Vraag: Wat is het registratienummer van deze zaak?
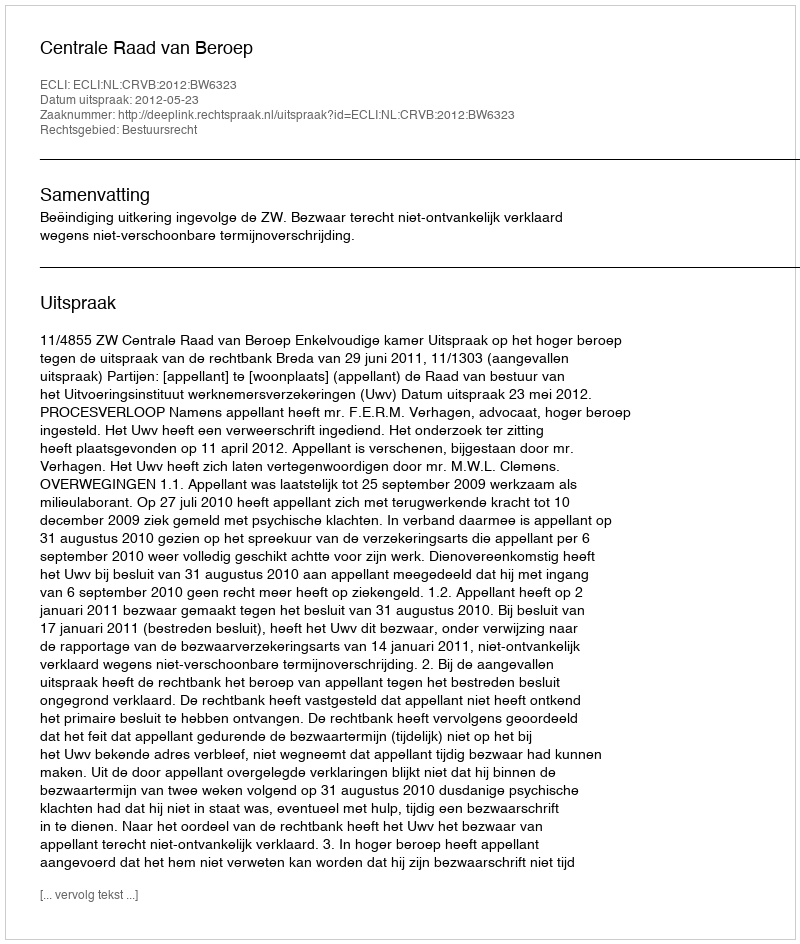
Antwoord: http://deeplink.rechtspraak.nl/uitspraak?id=ECLI:NL:CRVB:2012:BW6323